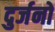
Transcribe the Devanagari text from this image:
दुर्जनो